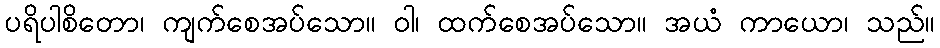
ပရိပါစိတော၊ ကျက်စေအပ်သော။ ဝါ၊ ထက်စေအပ်သော။ အယံ ကာယော၊ သည်။